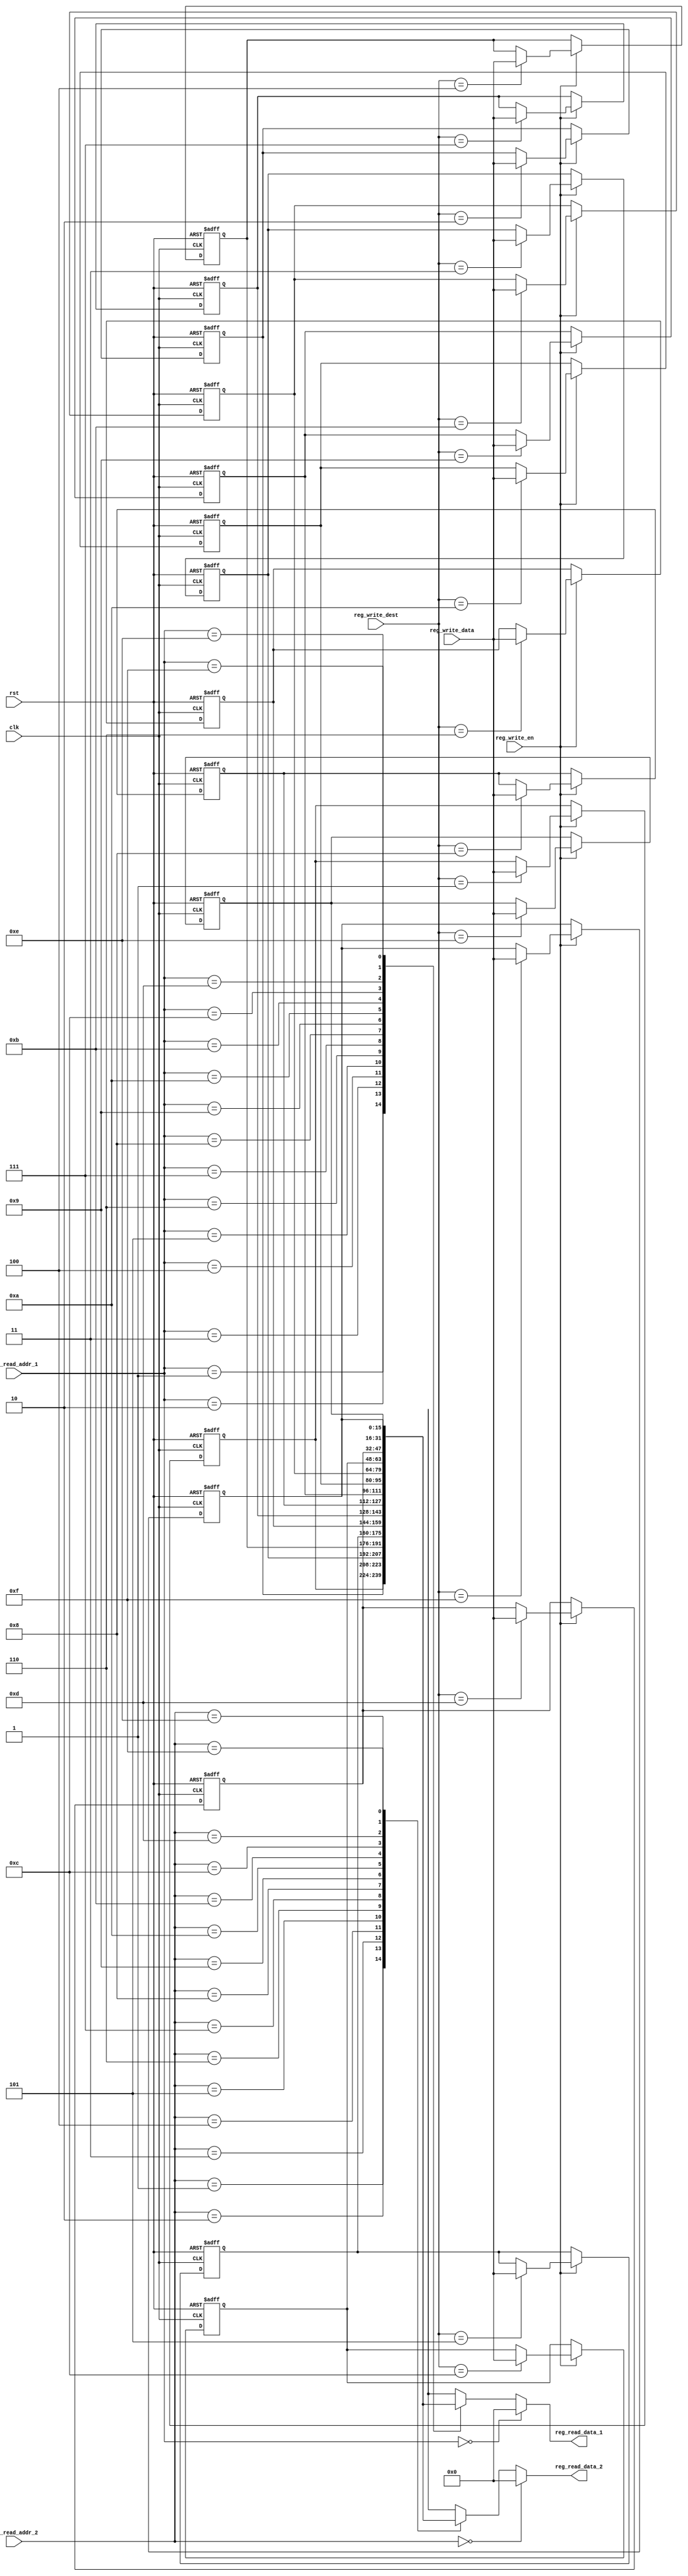
module register_file  
(  
		input           clk,  
		input           rst,
		
		// write port  
		input           reg_write_en,  
		input [3:0]     reg_write_dest,  
		input [15:0]    reg_write_data, 
		
		//read port 1  
		input [3:0]     reg_read_addr_1,  
		output [15:0]   reg_read_data_1, 
		
		//read port 2  
		input [3:0]     reg_read_addr_2,  
		output [15:0]   reg_read_data_2  
);  
      reg [15:0]     reg_array [15:0];  
		
      always @ (posedge clk or posedge rst) begin  
           if(rst) begin  
                reg_array[0] <= 16'b0;  
                reg_array[1] <= 16'b0;  
                reg_array[2] <= 16'b0;  
                reg_array[3] <= 16'b0;  
                reg_array[4] <= 16'b0;  
                reg_array[5] <= 16'b0;  
                reg_array[6] <= 16'b0;  
                reg_array[7] <= 16'b0; 
                reg_array[8+0] <= 16'b0;  
                reg_array[8+1] <= 16'b0;  
                reg_array[8+2] <= 16'b0;  
                reg_array[8+3] <= 16'b0;  
                reg_array[8+4] <= 16'b0;  
                reg_array[8+5] <= 16'b0;  
                reg_array[8+6] <= 16'b0;  
                reg_array[8+7] <= 16'b0;       
           end  
           else begin  
                if(reg_write_en) begin  
                     reg_array[reg_write_dest] <= reg_write_data;  
                end  
           end  
      end  

      assign reg_read_data_1 = ( reg_read_addr_1 == 0)? 16'b0 : reg_array[reg_read_addr_1];  
      assign reg_read_data_2 = ( reg_read_addr_2 == 0)? 16'b0 : reg_array[reg_read_addr_2];  
      
 endmodule